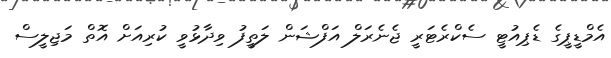
އެމްޑީޕީގެ ޑެޕިއުޓީ ސެކްރެޓަރީ ޖެނެރަލް އަފްޝަން ލަތީފު ވިދާޅުވީ ކުރިއަށް އޮތް މަޖިލީސް